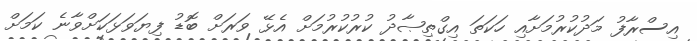
އިސްރާފު މަދުކުރުމަށާއި ހަކަތަ އިގްތިޞާދު ކުރުކުރުމަށް އެޅޭ ވަރަށް ބޮޑު ފިޔަވަޅަކަށްވާނެ ކަމަށް